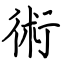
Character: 術